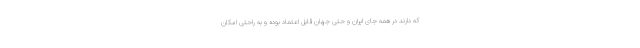
که دارند در همه جای ایران و حتی جهان قابل اعتماد بوده و به راحتی امکان